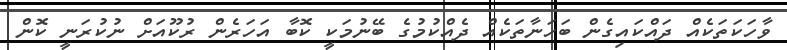
ވާހަކަތަކެއް ދައްކައިގެން ބަހަނާތަކެއް ދެއްކުމުގެ ބޭނުމަކީ ކޮބާ އަހަރެން ރުކޫއަށް ނުކުރަނީ ކޮން